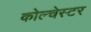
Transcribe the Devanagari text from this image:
कोल्चेस्टर